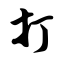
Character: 打